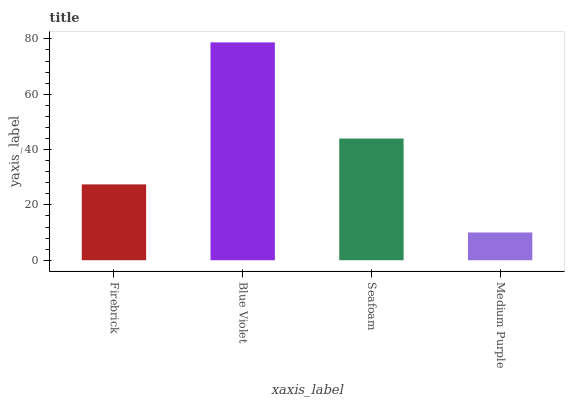
| xaxis_label | bars |
 | --- | --- |
 | Firebrick | 27.4 |
 | Blue Violet | 78.7 |
 | Seafoam | 44 |
 | Medium Purple | 10 |